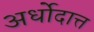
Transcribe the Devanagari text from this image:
अर्धोदात्त